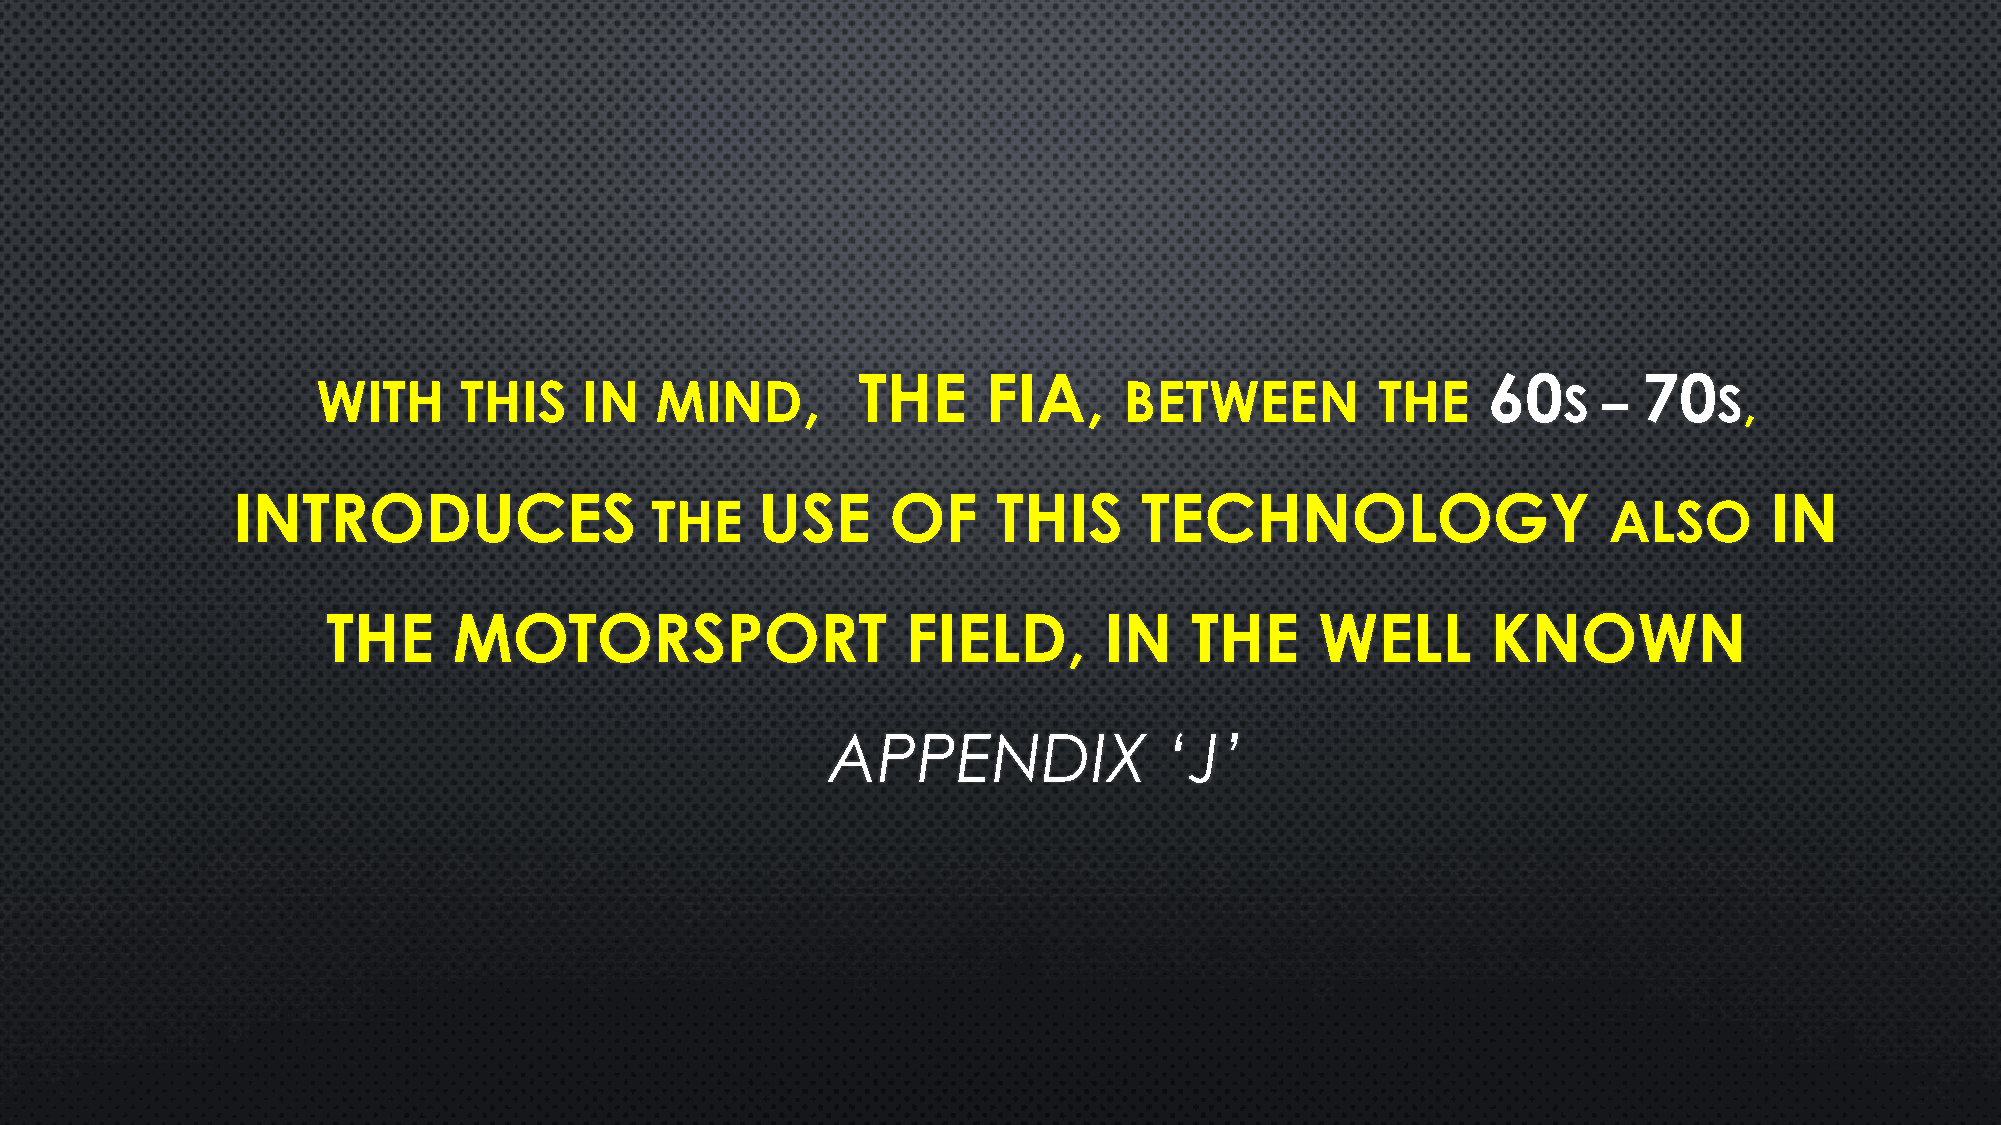
,   THE     FIA,                             60         70
 WITH     THIS     IN  MIND                           BETWEEN          THE         S  –       S,
 INTRODUCES                         USE      OF     THIS      TECHNOLOGY                               IN
 THE                                                            ALSO
 THE     MOTORSPORT                    FIELD,       IN    THE     WELL        KNOWN
 APPENDIX              ‘J’